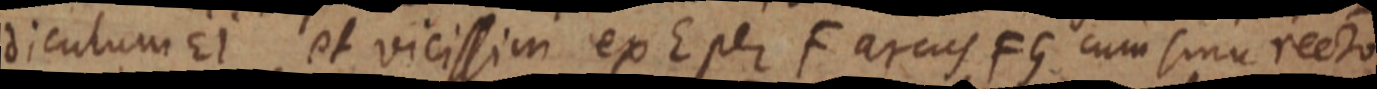
diculum EI et vicissim ex E per F arcus FG cum sinu recto